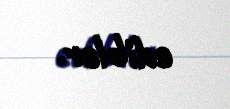
ediblər.